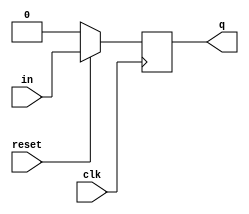
module dff(clk,in,q,reset);
	input clk,in,reset;
	output q;
	reg q;
	always@(posedge clk)
	begin
	if(!reset) q<=1'b0;
	else q<=in;
	end
endmodule

module shiftreg(EN, in, CLK, Q);
	input EN;
	input in;
	input CLK;
	output [3:0] Q;
	reg [3:0] Q;
	initial
		Q=4'd10;
	always @(posedge CLK)
	begin
	if (EN)
		Q={in,Q[3:1]};
	end
endmodule

module shiftregtest;
	reg EN,in , CLK;
	wire [3:0] Q;
	shiftreg shreg(EN,in,CLK,Q);
	initial
	begin
		CLK=0;
	end
	always
		#2 CLK=~CLK;
	initial
		begin
			$monitor($time," EN=%b in= %b Q=%b\n",EN,in,Q);
			in=0;EN=0;
			#4 in=1;EN=1;
			#4 in=1;EN=0;
			#4 in=0;EN=1;
			#5 $finish;
		end
endmodule